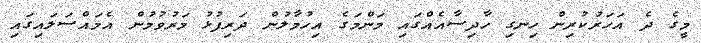
މީގެ ދެ އަހަރުކުރިން ހިނގި ހާދިސާއެއްގައި މަންމަގެ އިހުމާލުން ދަރިފުޅު މަރުވުމުން އެމައްސަލައިގައި